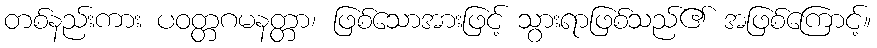
တစ်နည်းကား ပဝတ္တဂမနတ္တာ၊ ဖြစ်သောအားဖြင့် သွားရာဖြစ်သည်၏ အဖြစ်ကြောင့်။